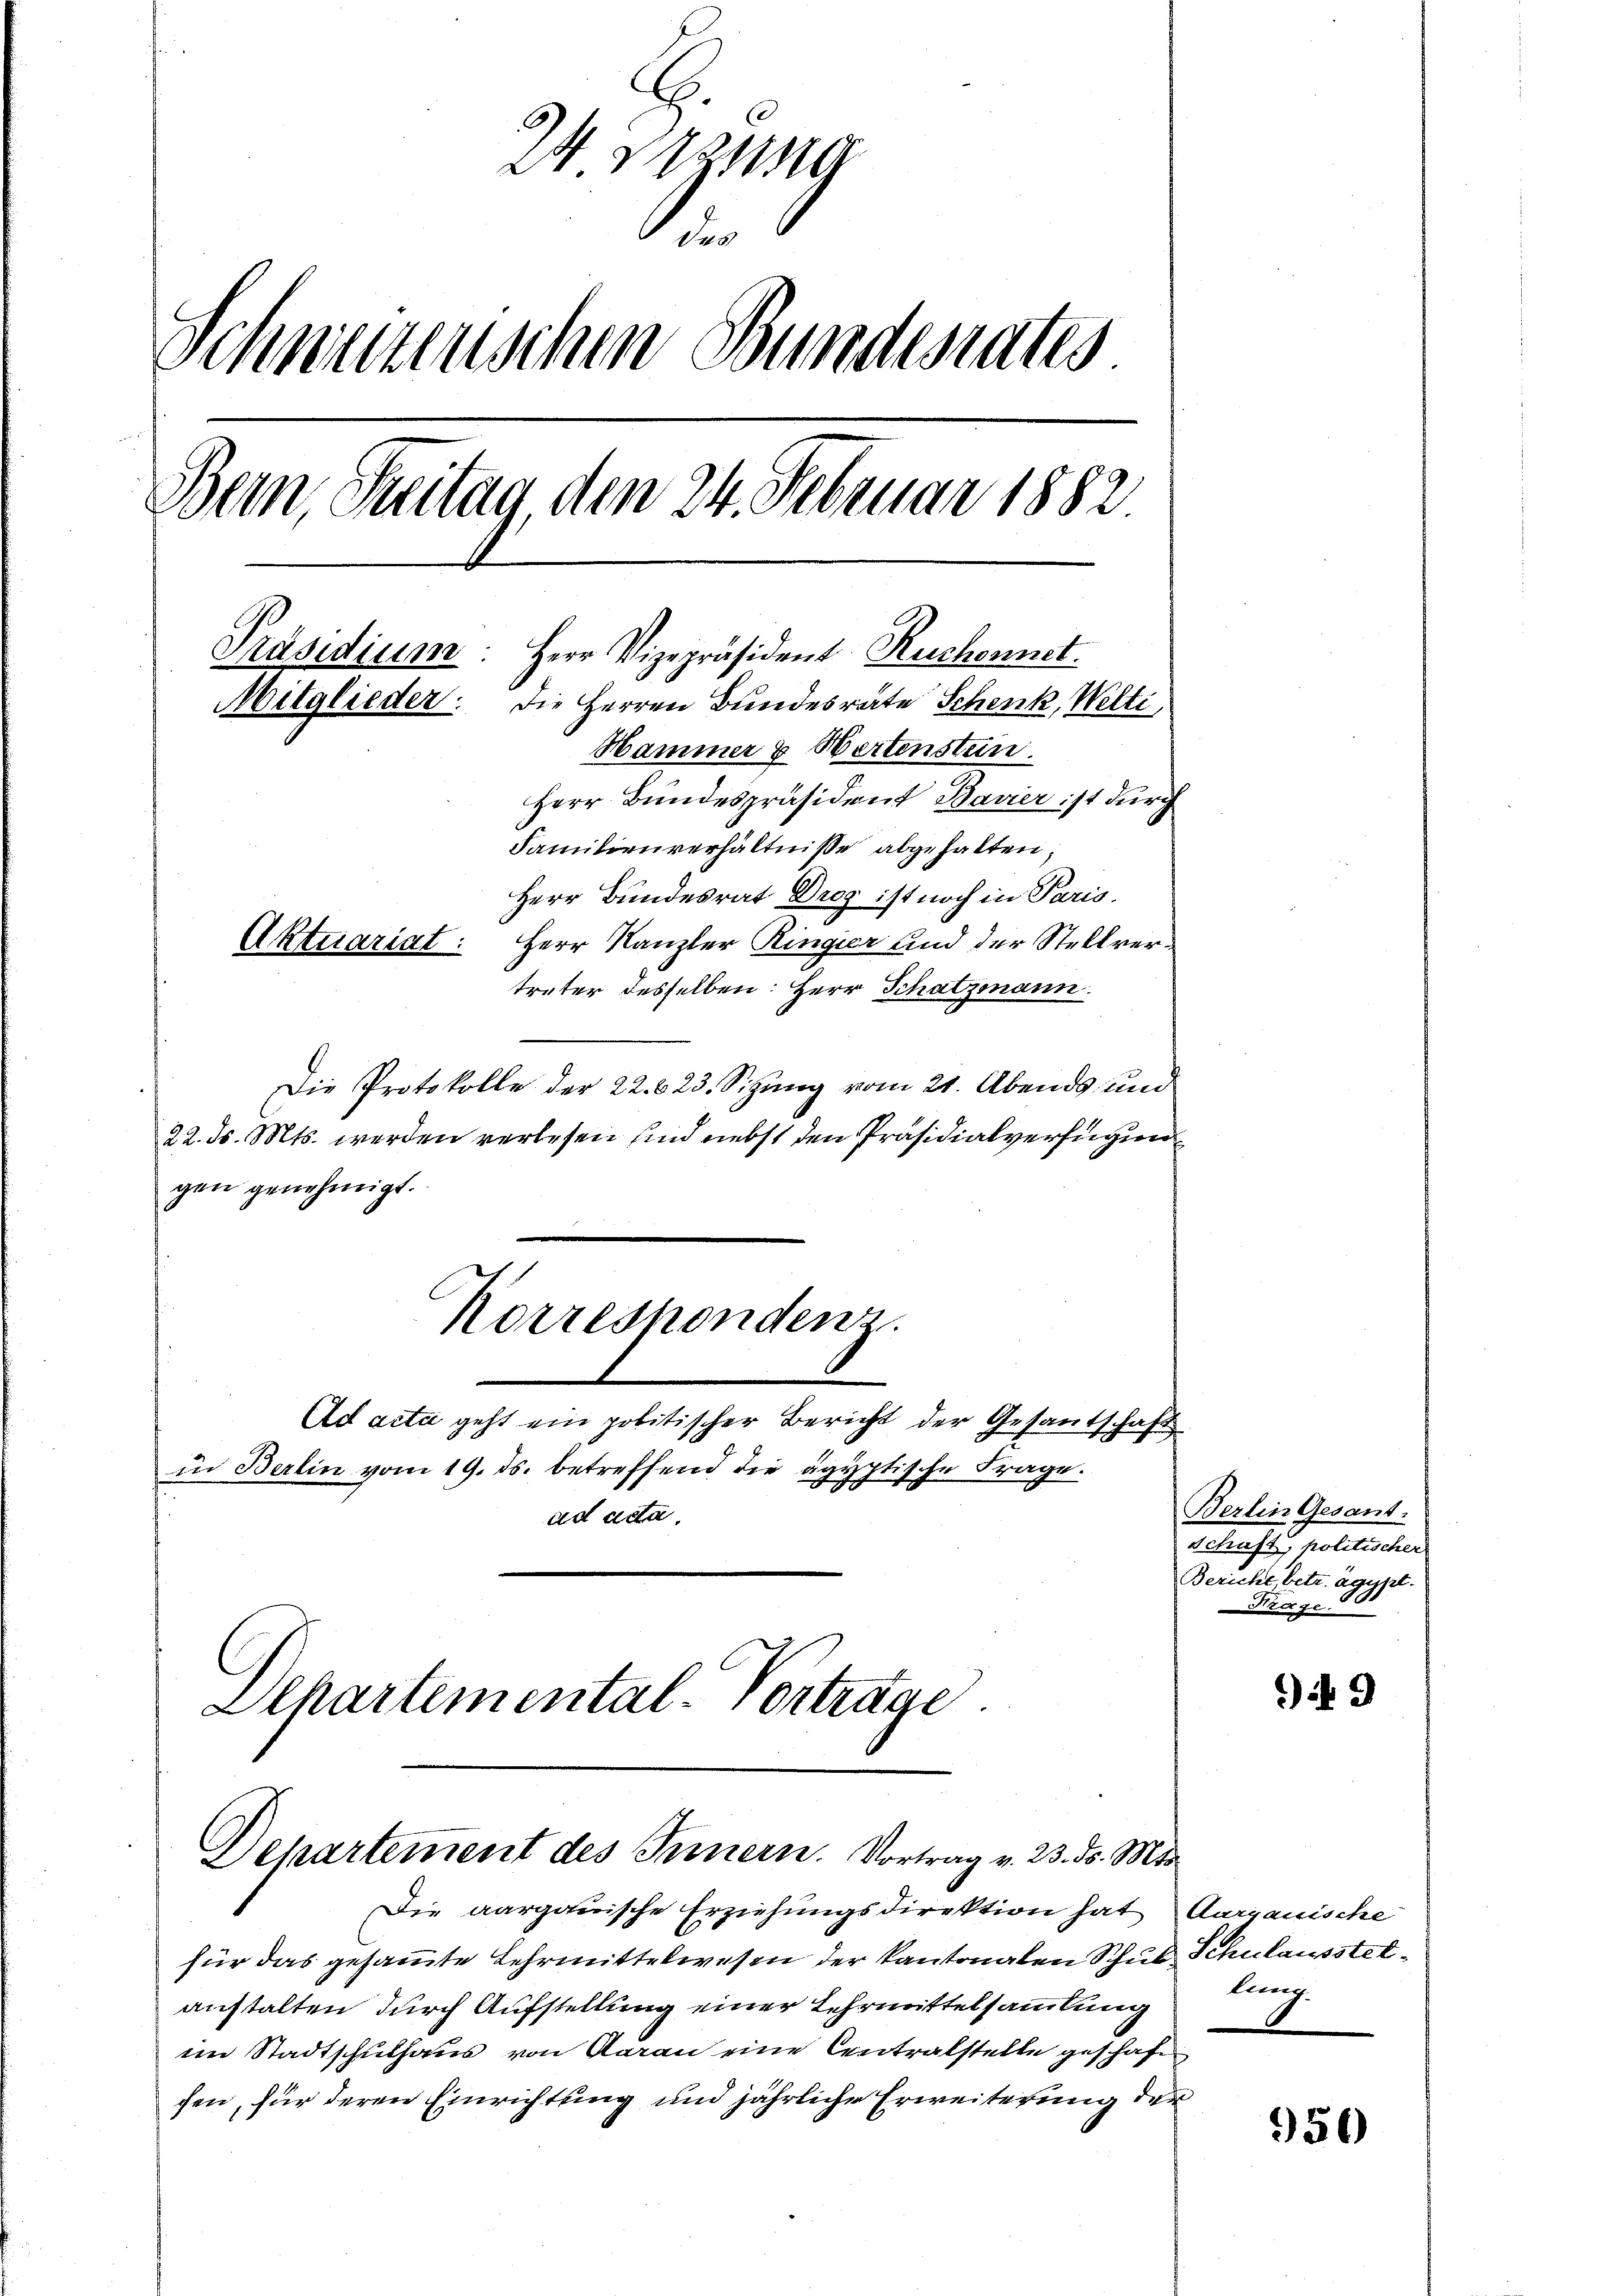
I 2tzung
Schwurzenschen Bundesrates
Dein Breitag, den 24. Februar 1882
Präsidium: Herr Vizepräsident Ruchonnet.
Mitglieder: Die Herren Bundesrate Schenk, Welti,
Hammer & Wertensten.
Herr Bundespräsident Bavier ist durch
Familienverhältnisse abgehalten;
Herr Bundesrat Drog ist noch in Paris.
Aktuariat: Herr Kanzler Ringier und der Stellvertreter desselben: Herr Schatzmann.

Die Protokolle der 22. 623. Sitzung vom 21. Abends, und
22. d. Mts. werden verlesen sind nebst den Präsidialverfügun
gen genehmigt.
Korresponden
Ad acta geht ein politischer Bericht der Gesantschaft
in Berlin vom 19. ds. betreffend die ägyptische Frage.
ad acta.
Ilhartemental-Vorträge.

Departement des Innern. Vortrag v. 23. ds. Mts.

Die aargauische Erziehungsdirektion hat Aargauische
für das gesammte Lehrmittelwesen der Kantonalen Schub Schulausstelanstalten durch Aufstellung einer Lehrmittelsammlung tung
im Stadtschulhaus von Aarau eine Centralstelle geschafen
fen, für deren Einrichtung und jährliche Erweiterung der

Berlin Gesant.
Schaft, politischer
Beriche betr. ägypt.
Krage.

949

956